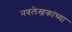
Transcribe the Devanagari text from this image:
नवलेखकांच्या